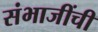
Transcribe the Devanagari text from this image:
संभाजींची